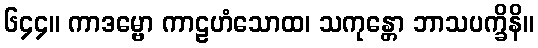
၆၄၄။ ကာဒမ္ဗော ကာဠဟံသောထ၊ သကုန္တော ဘာသပက္ခိနိ။